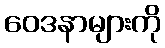
ဝေဒနာများကို